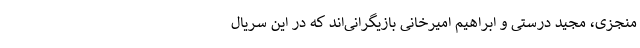
منجزی، مجید درستی و ابراهیم امیرخانی بازیگرانی‌اند که در این سریال